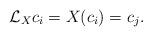
LaTeX: \begin{align*}\mathcal{L}_{X}c_i=X(c_i)=c_j.\end{align*}